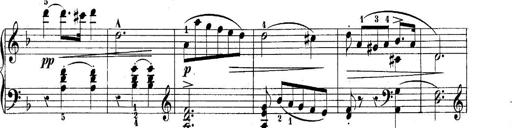
Title: 10 Sonatines progressives
Composer: Anton Schmoll